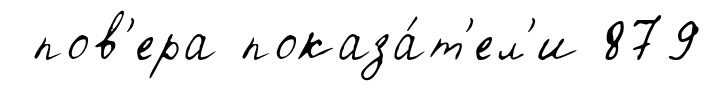
пов'ера показа́т'ел'и 879